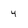
Character: 4